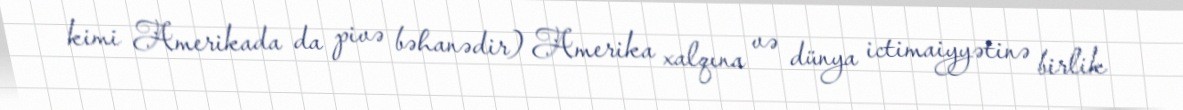
kimi Amerikada da pivə bəhanədir) Amerika xalqına və dünya ictimaiyyətinə birlik